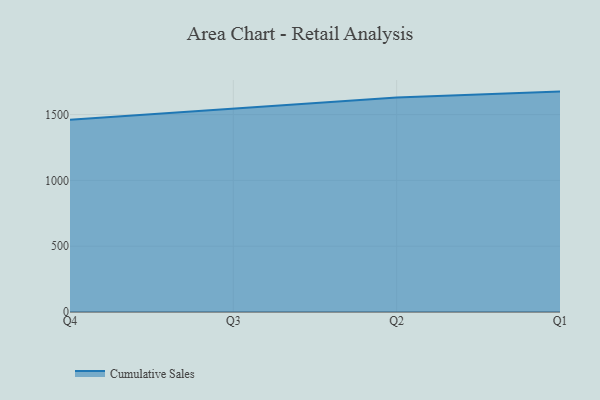
{"axis": {"x": "Quarter", "y": "Population (Million)"}, "legend": ["Cumulative Sales"], "data": [{"x": "Q4", "y": 1461.3, "type": "Cumulative Sales"}, {"x": "Q3", "y": 1543.0, "type": "Cumulative Sales"}, {"x": "Q2", "y": 1629.2, "type": "Cumulative Sales"}, {"x": "Q1", "y": 1674.8, "type": "Cumulative Sales"}]}